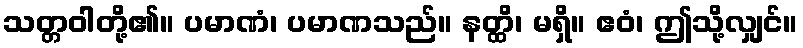
သတ္တဝါတို့၏။ ပမာဏံ၊ ပမာဏသည်။ နတ္ထိ၊ မရှိ။ ဧဝံ၊ ဤသို့လျှင်။